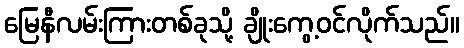
မြေနီလမ်းကြားတစ်ခုသို့ ချိုးကွေ့ဝင်လိုက်သည်။